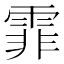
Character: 霏